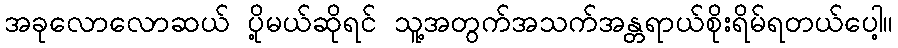
အခုလောလောဆယ် ပို့မယ်ဆိုရင် သူ့အတွက်အသက်အန္တရာယ်စိုးရိမ်ရတယ်ပေါ့။